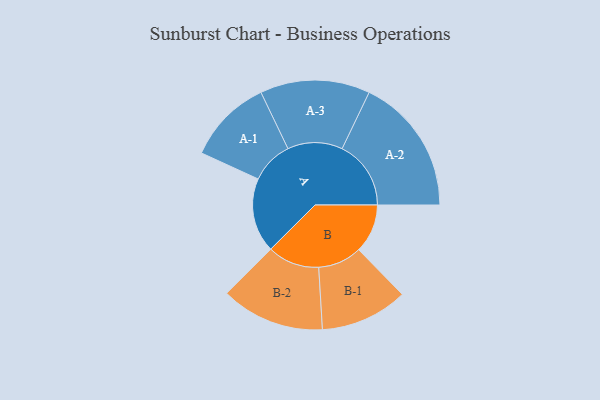
{"axis": {"x": "Segment", "y": "Value"}, "legend": ["", "A", "B"], "data": [{"x": "A", "y": 294, "type": ""}, {"x": "B", "y": 193, "type": ""}, {"x": "A-1", "y": 168, "type": "A"}, {"x": "A-2", "y": 272, "type": "A"}, {"x": "A-3", "y": 217, "type": "A"}, {"x": "B-1", "y": 173, "type": "B"}, {"x": "B-2", "y": 205, "type": "B"}]}